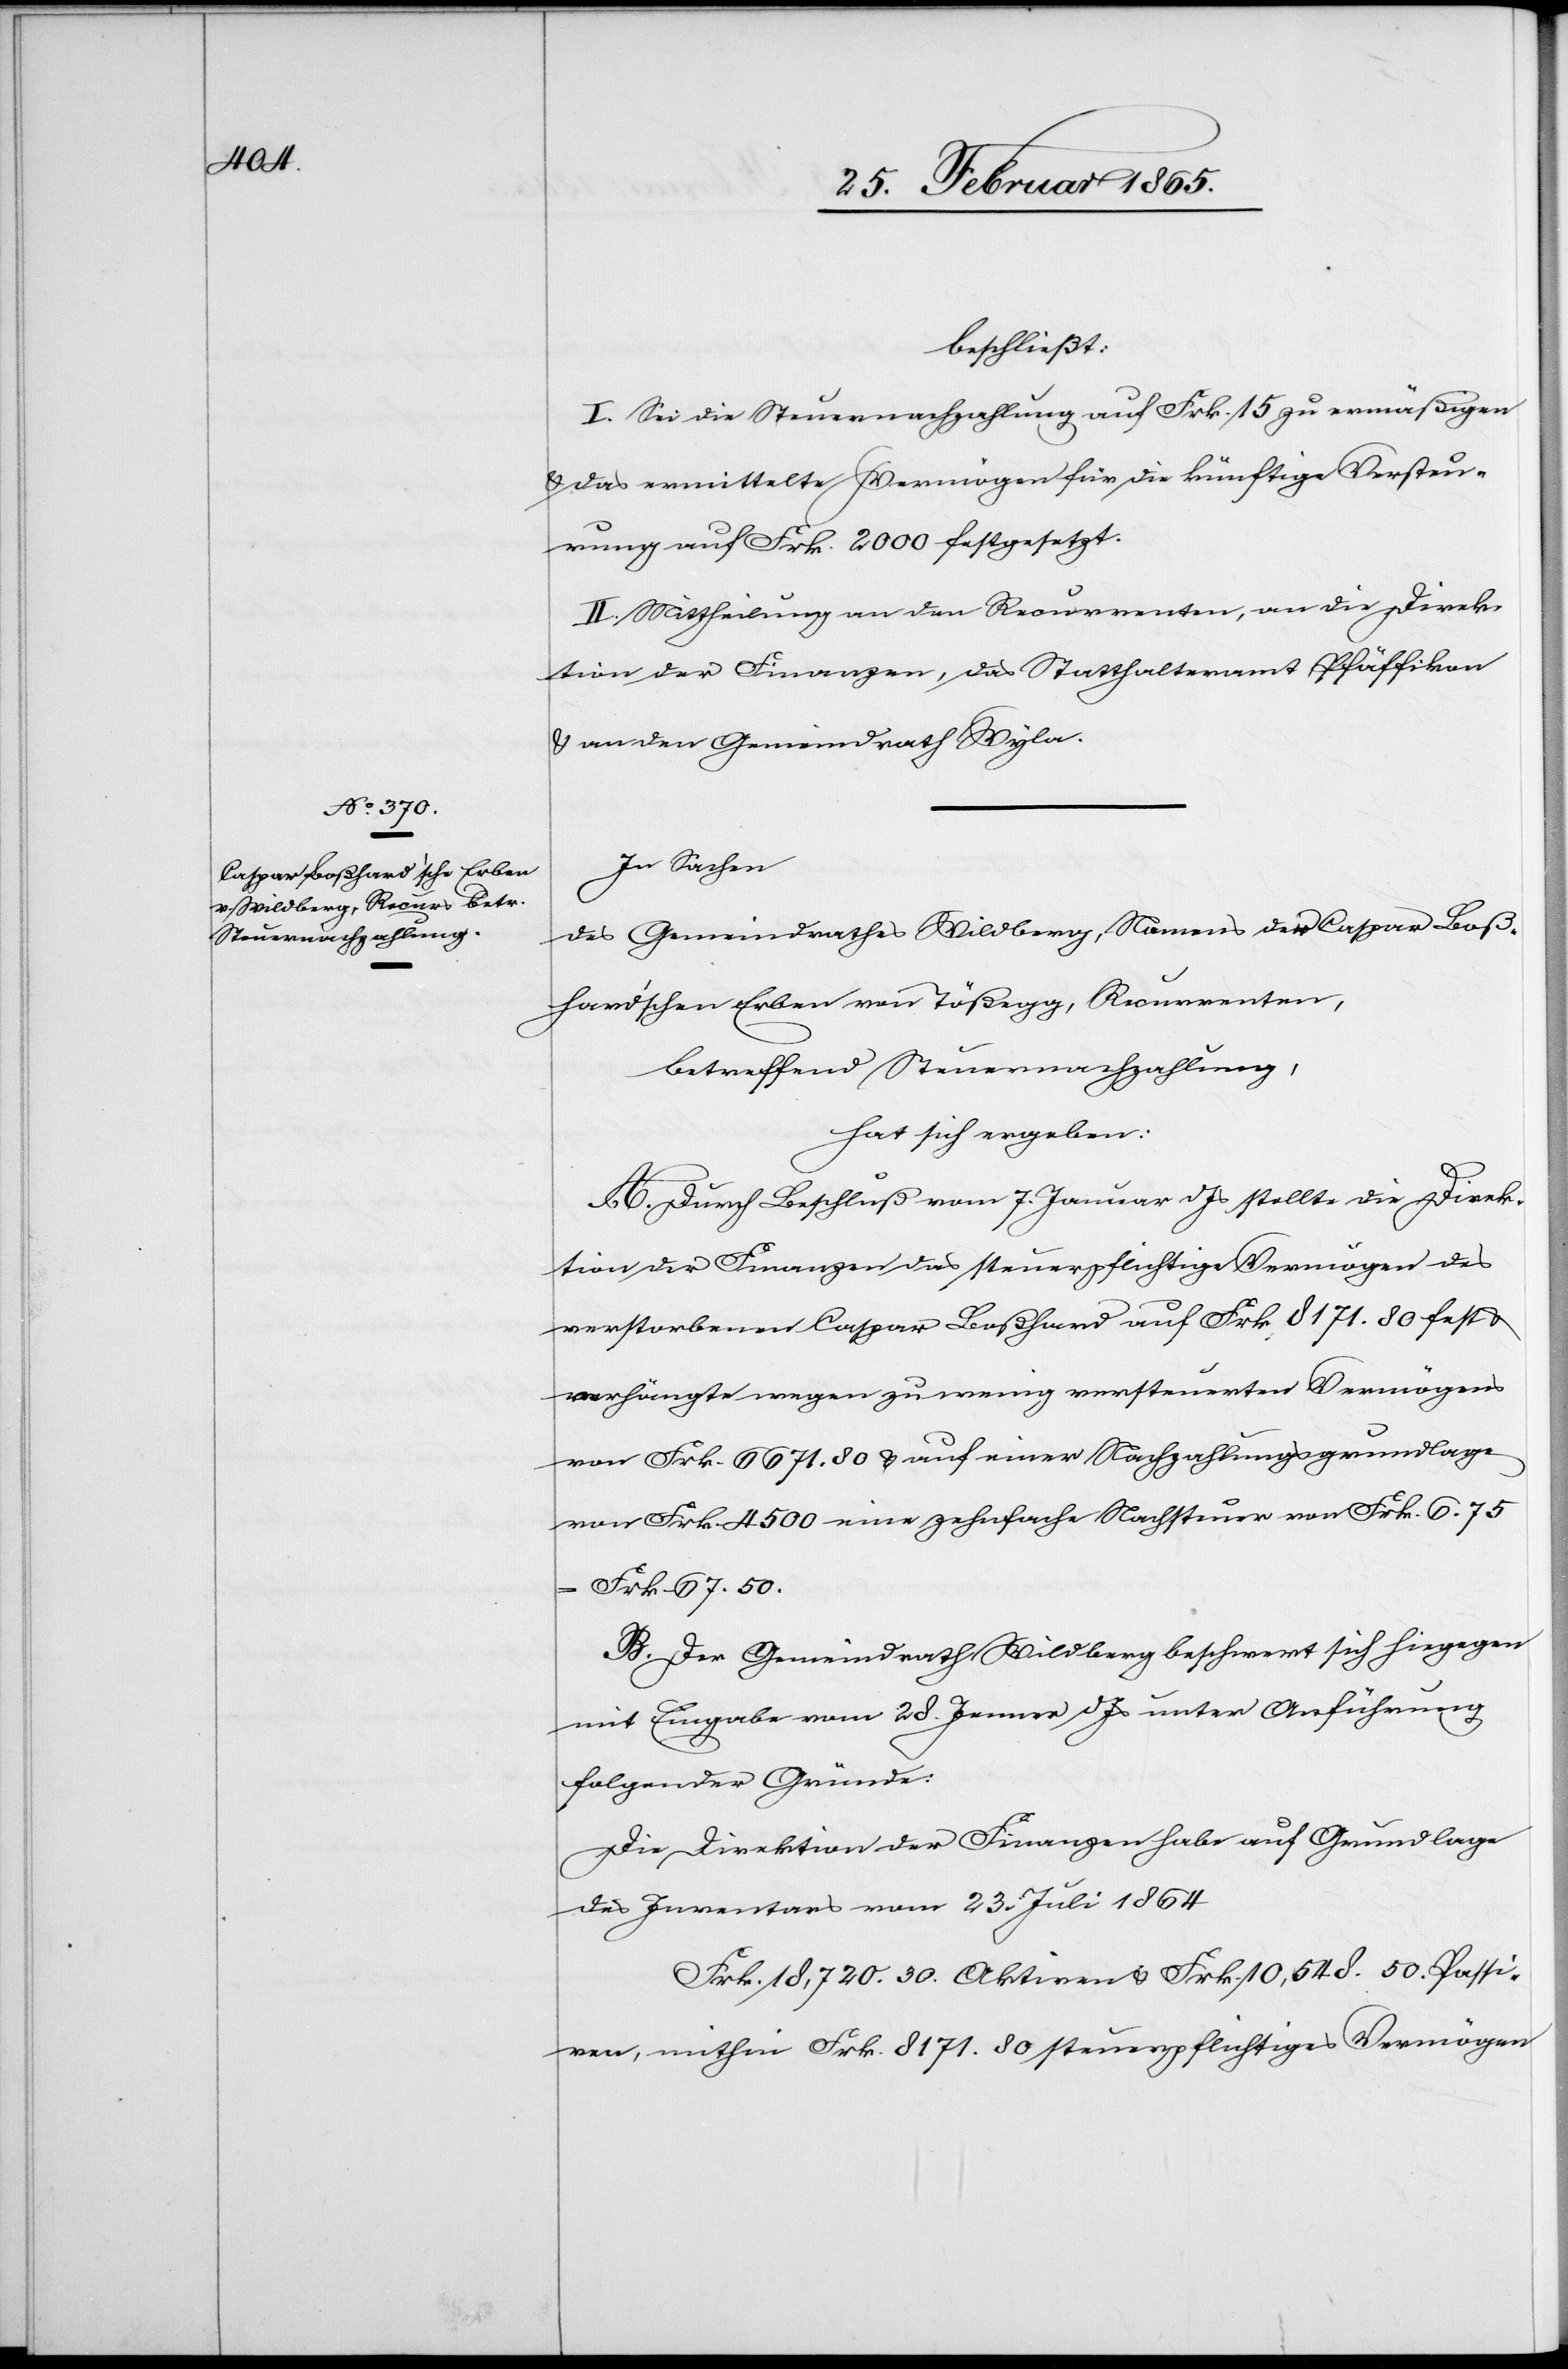
beschließt:
I. Sei die Steuernachzahlung auf Frk. 15 zu ermäßigen
u. das ermittelte Vermögen für die künftige Versteu¬
rung auf Frk. 2000 festgesetzt.
II. Mittheilung an den Recurrenten, an die Direk¬
tion der Finanzen, das Statthalteramt Pfäffikon
u. an den Gemeindrath Wyla.
In Sachen
des Gemeindrathes Wildberg, Namens der Caspar Bos¬
hard’schen Erben von Tößegg, Recurrenten,
betreffend Steuernachzahlung,
hat sich ergeben:
A. Durch Beschluß vom 7. Januar d Js stellte die Direk¬
tion der Finanzen das steuerpflichtige Vermögen des
verstorbenen Caspar Boßhard auf Frk. 8171. 80 fest u.
verhängte wegen zu wenig versteuerten Vermögens
von Frk. 6671. 80 u. auf einer Nachzahlungsgrundlage
von Frk. 4500 eine zehnfache Nachsteuer von Frk. 6. 75
Frk 67. 50.
B. Der Gemeindrath Wildberg beschwert sich hiegegen
mit Eingabe vom 28. Jenner d Js unter Anführung
folgender Gründe:
Die Direktion der Finanzen habe auf Grundlage
des Inventars vom 23. Juli 1864
Frk. 18,720. 30. Aktiven u. Frk. 10,548. 50. Passi¬
ven, mithin Frk. 8171. 80 steuerpflichtiges Vermögen